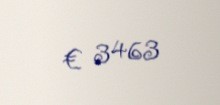
€ 3463